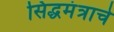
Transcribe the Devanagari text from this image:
सिद्धमंत्राचे